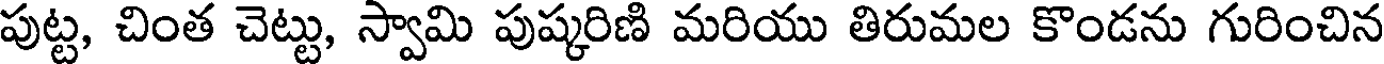
పుట్ట, చింత చెట్టు, స్వామి పుష్కరిణి మరియు తిరుమల కొండను గురించిన